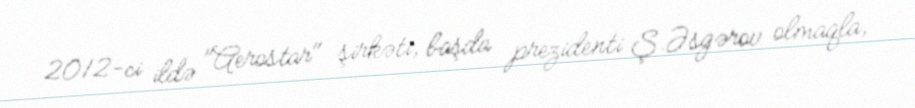
2012-ci ildə "Aerostar" şirkəti, başda prezidenti Ş.Əsgərov olmaqla,